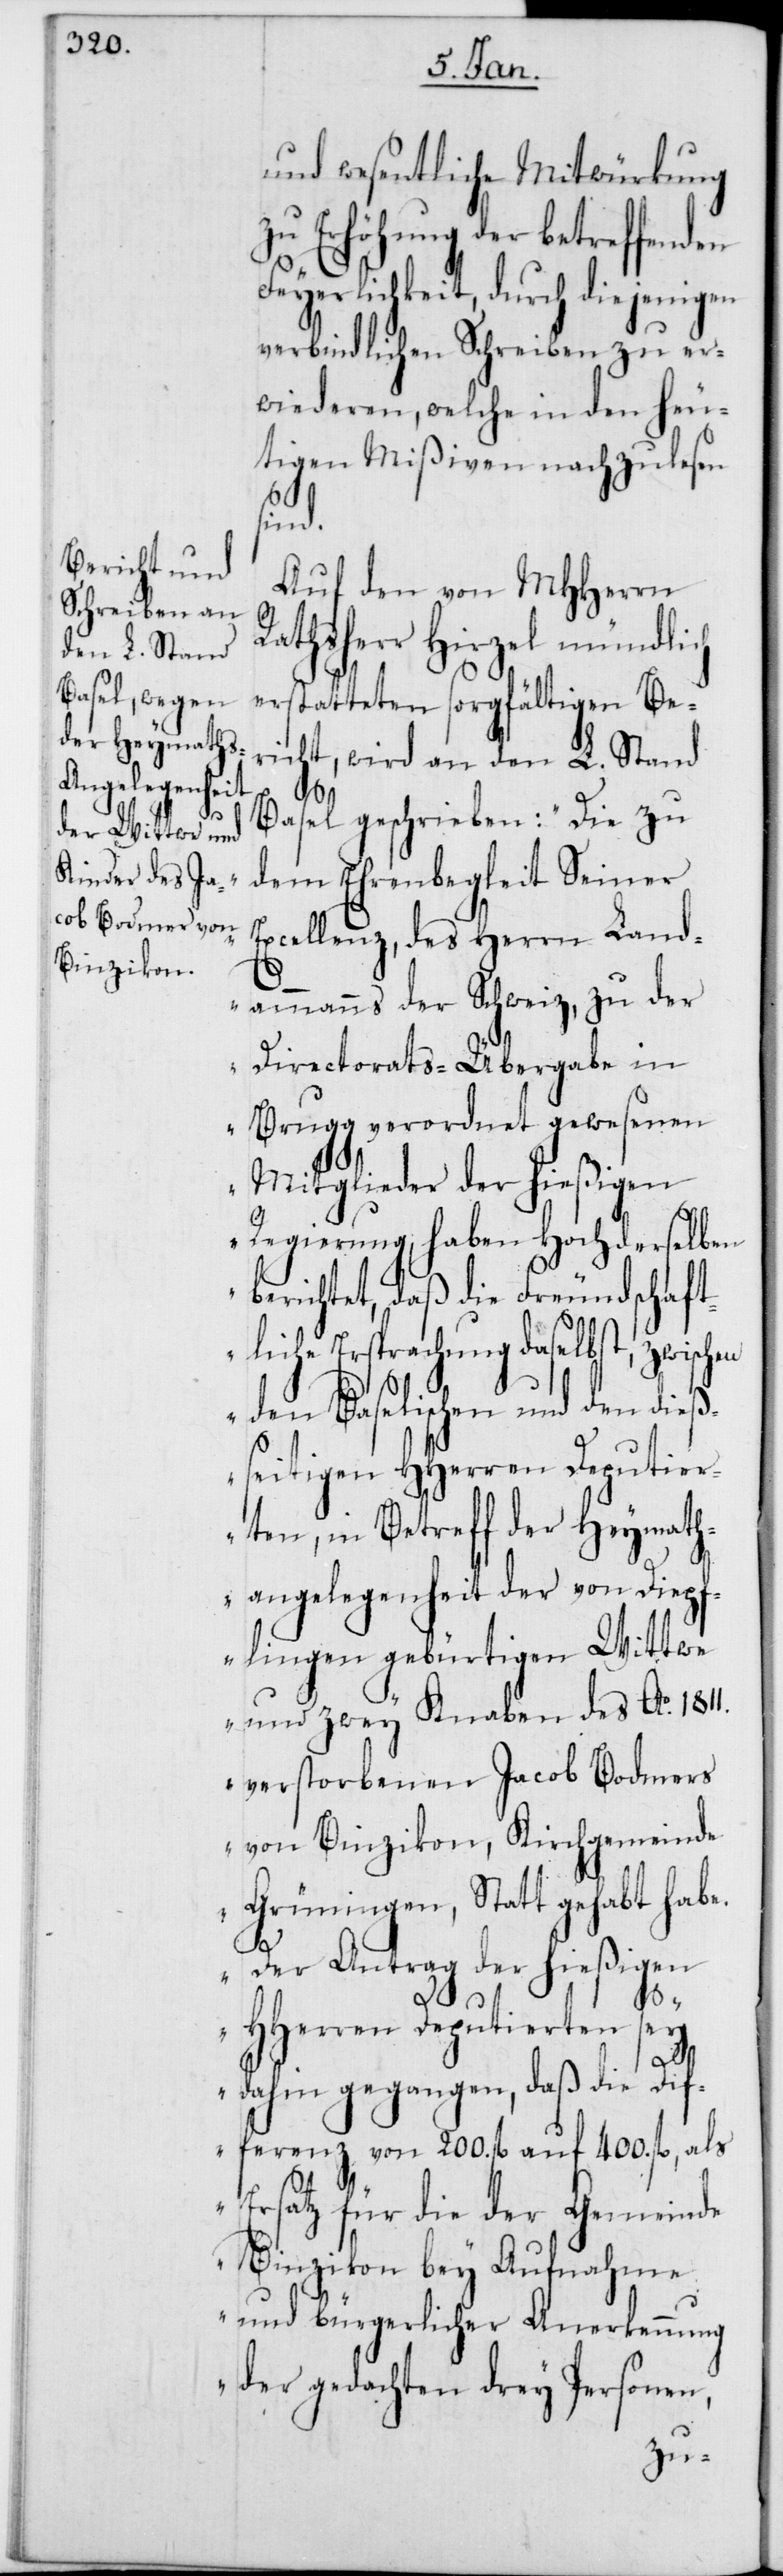
und wesentliche Mitwürkung
zu Erhöhung der betreffenden
Feyerlichkeit, durch diejenigen
verbindlichen Schreiben zu er¬
wiederen, welche in den heu¬
tigen Mißiven nachzulesen
sind.
Auf den von MHHerrn
Rathsherr Hirzel mündlich
erstatteten sorgfältigen Be¬
richt, wird an den L. Stand
Basel geschrieben: „Die zu
dem Ehrenbegleit Seiner
Excellenz, des Herrn Land¬
ammanns der Schweiz, zu der
Directorats-Übergabe in
Brugg verordnet gewesenen
Mitglieder der hießigen
Regierung haben Hochderselben
berichtet, daß die Freundschaft¬
liche Ersprachung daselbst, zwischen
den Baselischen und den dieß¬
seitigen HHerren Deputier¬
ten, in Betreff der Heymath¬
angelegenheit der von Diep¬
flingen gebürtigen Wittwe
und zwey Knaben des Ao 1811.
verstorbenen Jacob Bodmers
von Binzikon, Kirchgemeinde
Grüningen, Statt gehabt habe.
Der Antrag der hießigen
HHerren Deputierten sey
dahin gegangen, daß die Dif¬
ferenz von 200. fl. auf 400. fl., als
Ersatz für die der Gemeinde
Binzikon bey Aufnahme
und bürgerlicher Anerkennung
der gedachten drey Personen,